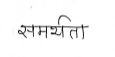
मजकूर: समर्थता